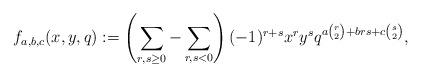
LaTeX: \begin{align*} f_{a,b,c}(x,y,q) : = \left(\sum_{r,s \geq 0} - \sum_{r,s < 0}\right) (-1)^{r+s} x^r y^s q^{a \binom{r}{2} + brs + c \binom{s}{2}},\end{align*}